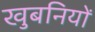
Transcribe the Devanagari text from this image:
खुबनियों